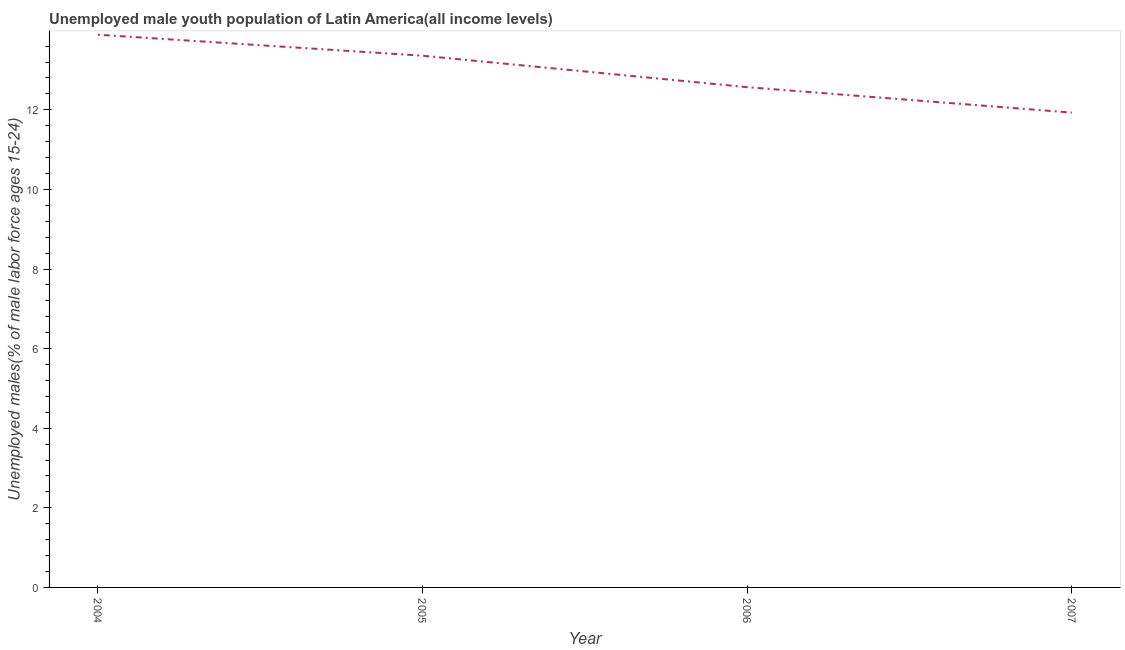
| Year | Unemployment youth male |
 | --- | --- |
 | 2004 | 13.9 |
 | 2005 | 13.4 |
 | 2006 | 12.6 |
 | 2007 | 11.9 |